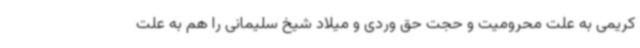
کریمی به علت محرومیت و حجت حق وردی و میلاد شیخ سلیمانی را هم به علت